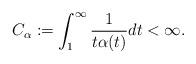
LaTeX: \begin{align*}C_\alpha:=\int_1^\infty \frac1{t\alpha(t)} dt <\infty. \end{align*}